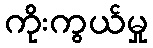
ကိုးကွယ်မှု